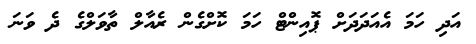
އަދި ހަމަ އެއަދަދަށް ޕޮއިންޓް ހަމަ ކޮށްގެން ރެއާލް ތާވަލްގެ ދެ ވަނަ